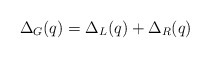
\begin{align*}\Delta_G (q)=\Delta_L(q)+\Delta_R(q)\end{align*}